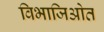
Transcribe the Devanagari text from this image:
विभाजिओत